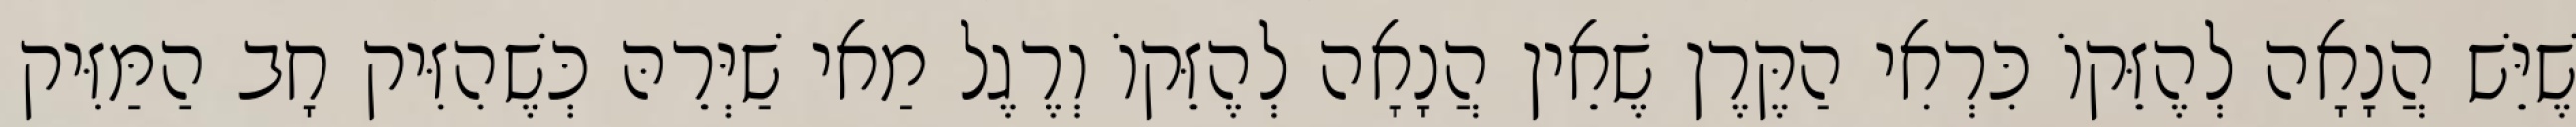
שֶׁיֵּשׁ הֲנָאָה לְהֶזֵּקוֹ כִּרְאִי הַקֶּרֶן שֶׁאֵין הֲנָאָה לְהֶזֵּקוֹ וְרֶגֶל מַאי שַׁיְּרֵהּ כְּשֶׁהִזִּיק חָב הַמַּזִּיק